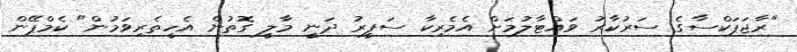
"ރާޖަޕަކްސާގެ ސަރުކާރު ވައްޓާލުމަށް އެމެރިކާ ސަފީރު ދަނީ މާލީ ގޮތުން އެހީތެރިވަމުން" ކެމްޕޭން